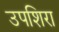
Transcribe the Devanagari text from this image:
उपशिरा